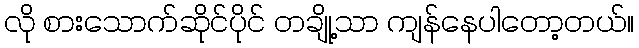
လို စားသောက်ဆိုင်ပိုင် တချို့သာ ကျန်နေပါတော့တယ်။